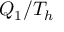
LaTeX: Q _ { 1 } / T _ { h }